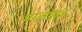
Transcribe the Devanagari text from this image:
भालगांव